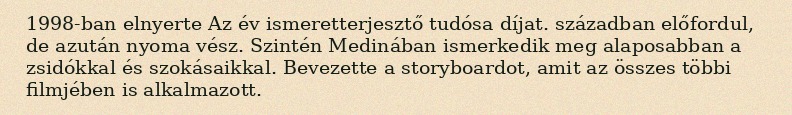
1998-ban elnyerte Az év ismeretterjesztő tudósa díjat. században előfordul, de azután nyoma vész. Szintén Medinában ismerkedik meg alaposabban a zsidókkal és szokásaikkal. Bevezette a storyboardot, amit az összes többi filmjében is alkalmazott.